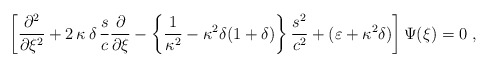
\begin{align*}\left[ \frac{\partial^2}{\partial\xi^2} +2\,\kappa\,\delta\,\frac{s}{c}\frac{\partial}{\partial\xi} -\left\{\frac{1}{\kappa^2} - \kappa^2\delta(1+\delta) \right\}\frac{s^2}{c^2} +( \varepsilon + \kappa^2\delta )\right]\Psi(\xi) = 0\;,\end{align*}